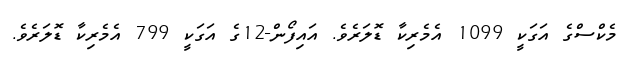
މެކްސްގެ އަގަކީ 1099 އެމެރިކާ ޑޮލަރެވެ. އައިފޯން-12ގެ އަގަކީ 799 އެމެރިކާ ޑޮލަރެވެ.